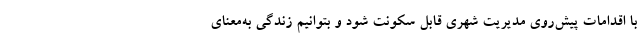
با اقدامات پیش‌روی مدیریت شهری قابل سکونت شود و بتوانیم زندگی به‌معنای